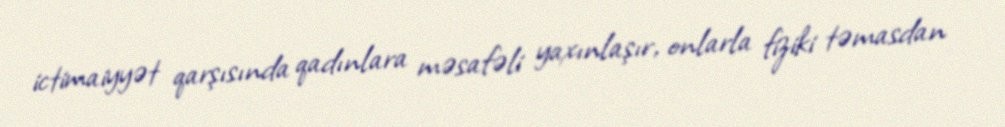
ictimaiyyət qarşısında qadınlara məsafəli yaxınlaşır, onlarla fiziki təmasdan